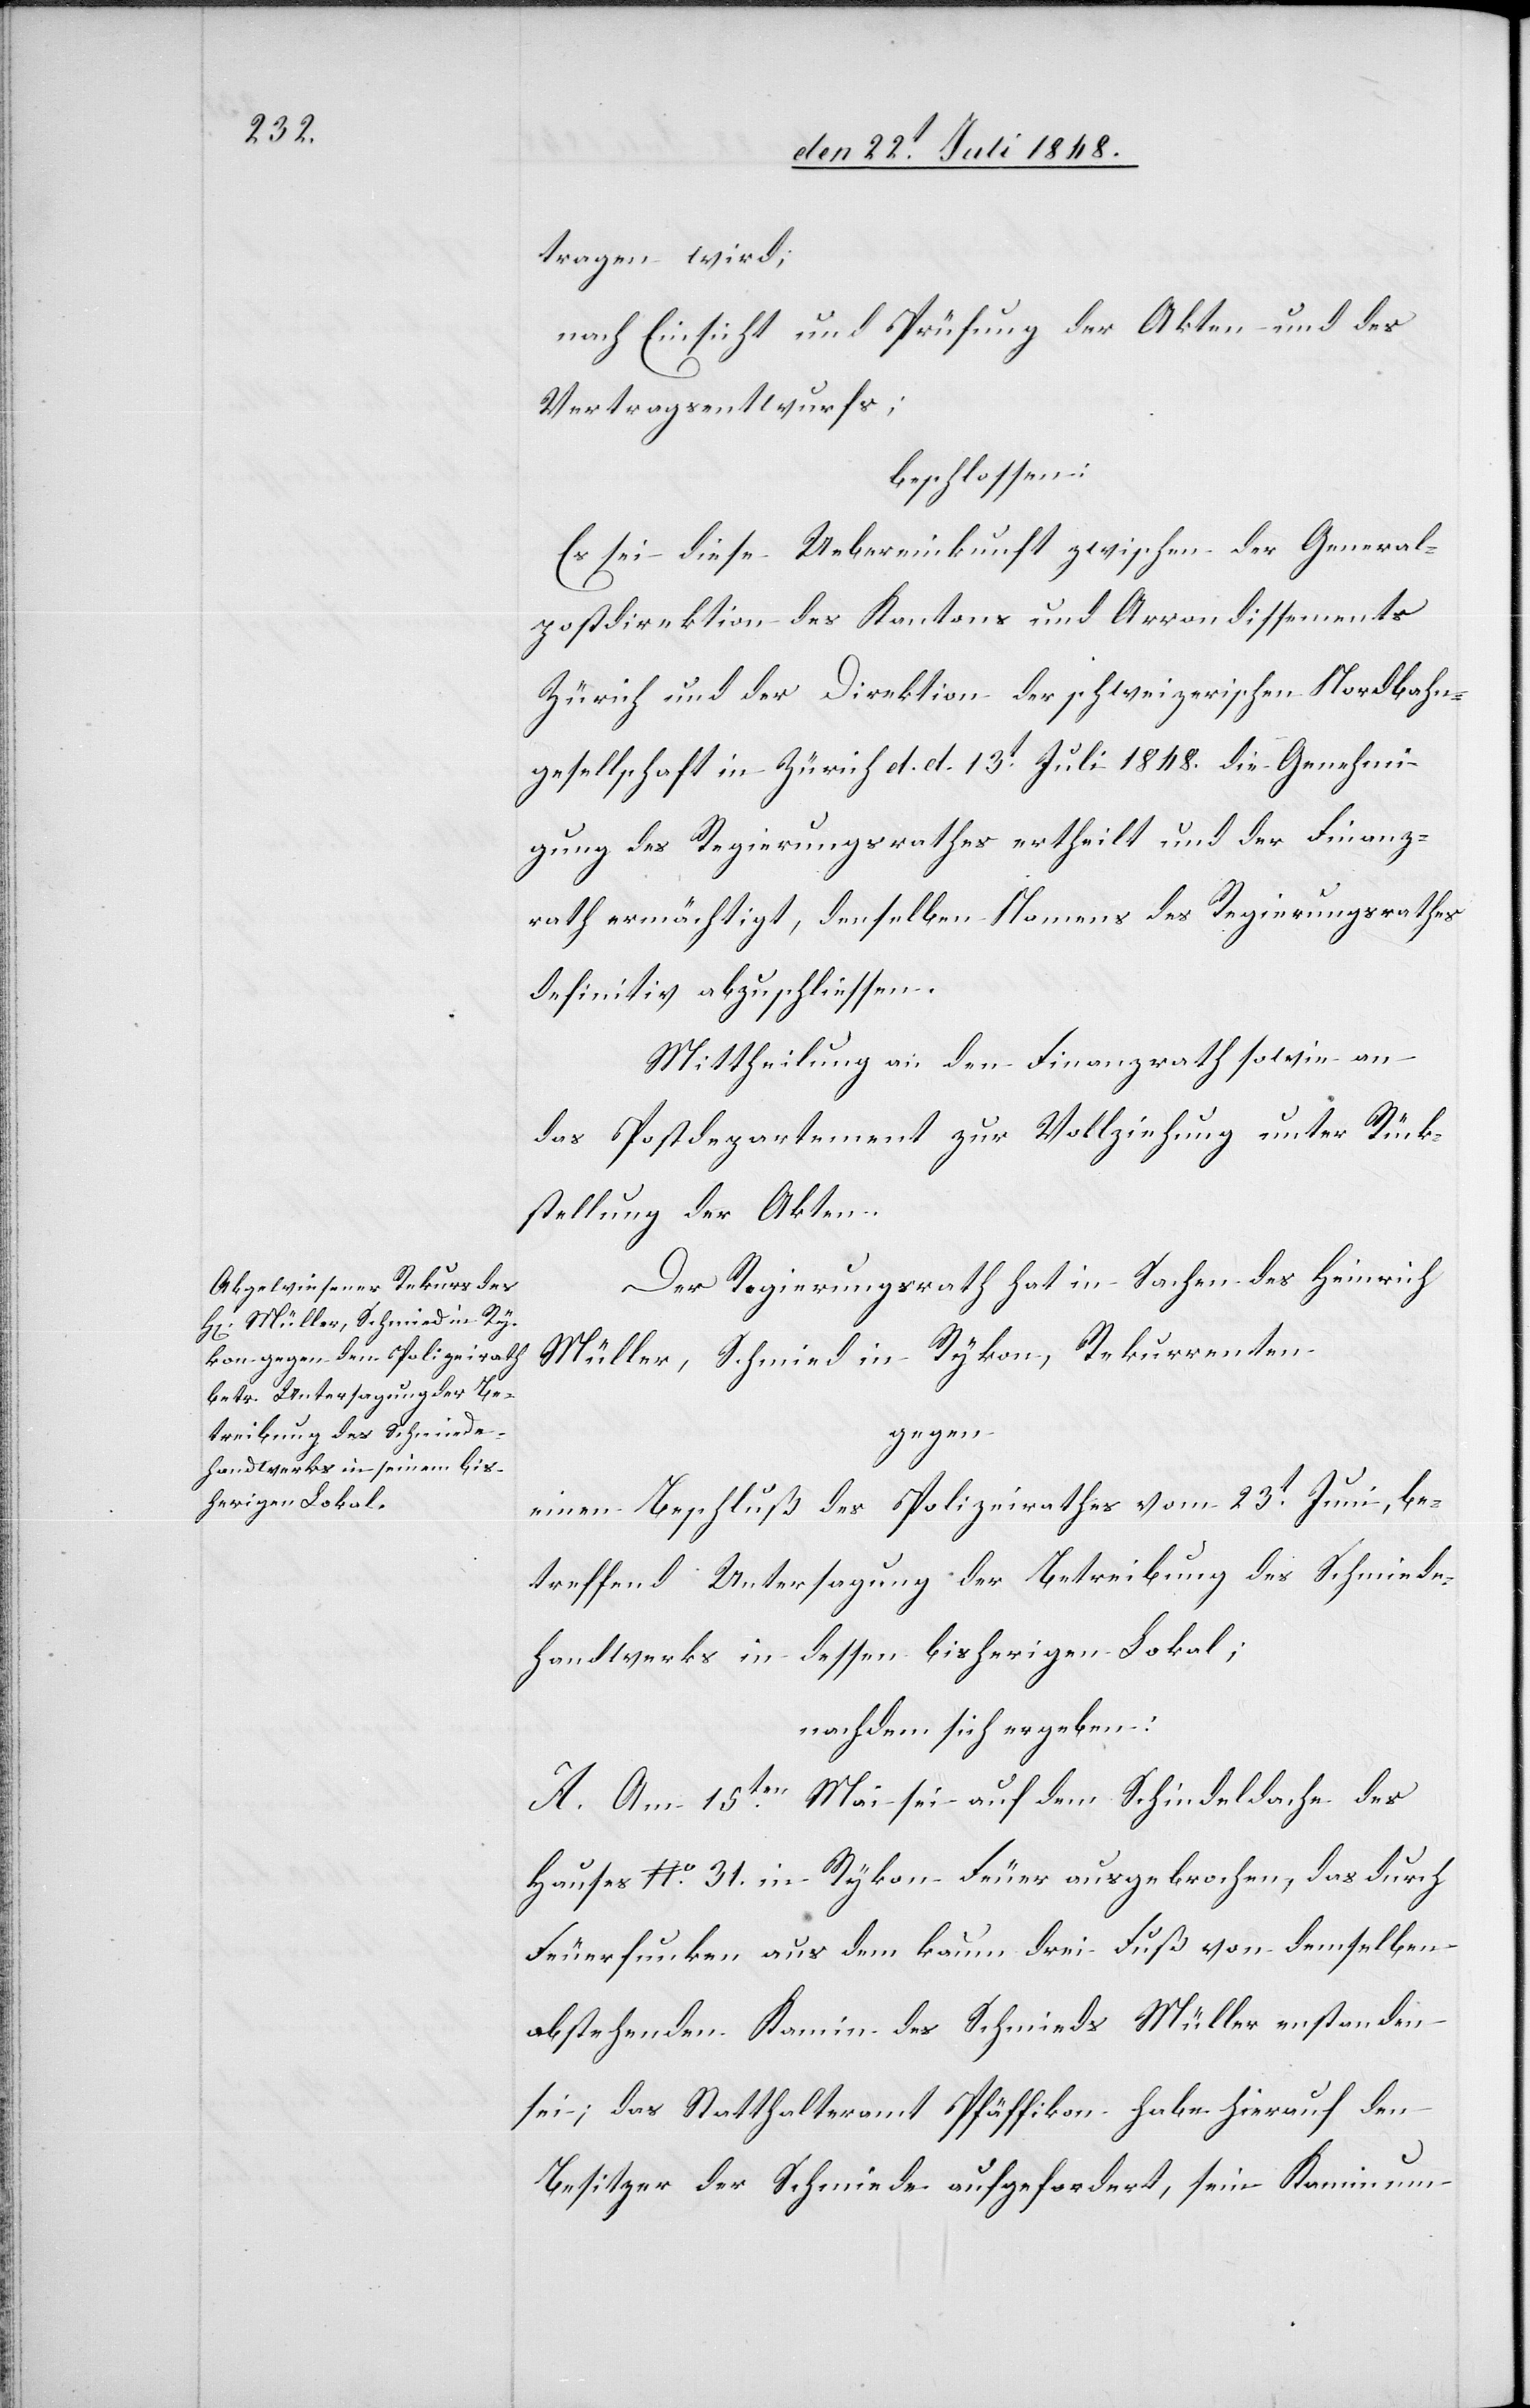
tragen wird;
nach Einsicht und Prüfung der Akten und des
Vertragsentwurf;
beschlossen:
Es sei diese Uebereinkunft zwischen der General¬
postdirektion des Kantons und Arrondissements
Zürich und der Direktion der schweizerischen Nordbahn¬
gesellschaft in Zürich d. d. 13t Juli 1848. die Genehmi¬
gung des Regierungsrathes ertheilt und der Finanz¬
rath ermächtigt, denselben Namens des Regierungsrathes
definitiv abzuschließen.
Mittheilung an den Finanzrath sowie an
das Postdepartement zur Vollziehung unter Rück¬
stellung der Akten.
Der Regierungsrath hat in Sachen des Heinrich
Müller, Schmied in Rykon, Rekurrenten
gegen
einen Beschluß des Polizeirathes vom 23t Juni, be¬
treffend Untersagung der Betreibung des Schmied¬
e-Handwerks in dessen bisherigen Lokal;
nachdem sich ergeben:
A. Am 15ten Mai sei auf dem Schindeldache des
Hauses No. 31. in Rykon Feuer ausgebrochen, das durch
Feuerfunken aus dem kaum drei Fuß von demselben
abstehenden Kamin des Schmieds Müller entstanden
sei; das Statthalteramt Pfäffikon habe hierauf den
Besitzer der Schmiede aufgefordert, sein Kamin um